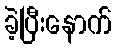
ခဲ့ပြီးနောက်